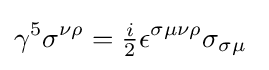
\gamma ^{5}\sigma ^{\nu \rho }={\tfrac {i}{2}}\epsilon ^{\sigma \mu \nu \rho }\sigma _{\sigma \mu }\